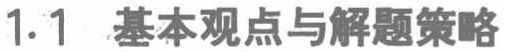
1.1 基本观点与解题策略